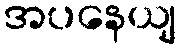
အပနေယျ